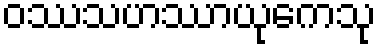
ဝဿသဟဿာယုကေသု